Report on the bubonic plague in Bombay, 1896-1897
Year: 1896
Disease focus: Plague
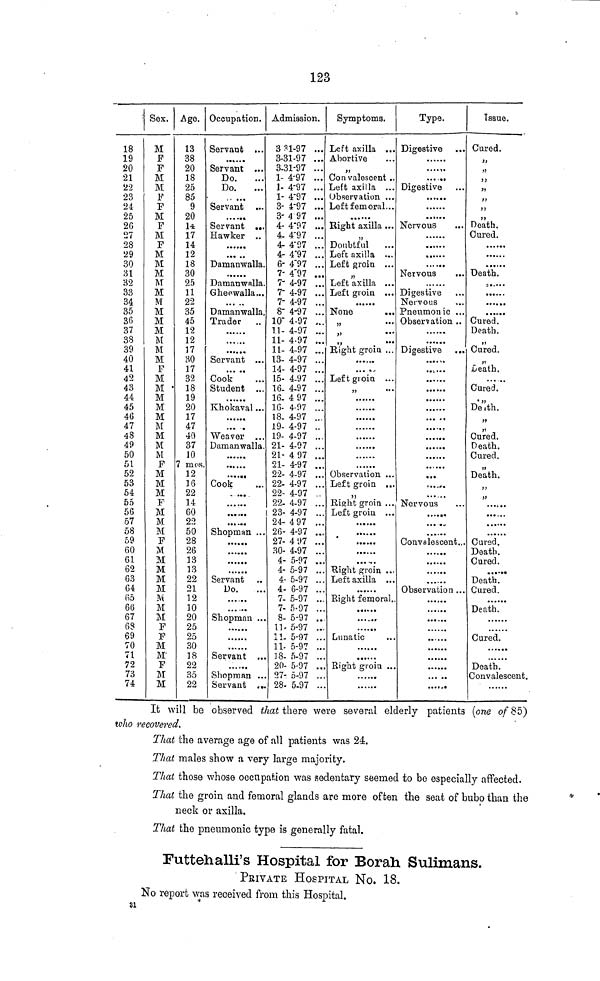
123
: Sex.
18
19
20
21
22
23
24
25
26
27
28
29
30
31
32
33
34
35
36
37
38
39
40
41
42
43
44
45
46
47
48
49
50
51
52
53
54
55
56
57
58
59
60
61
62
63
64
65
66
67
68
69
70
71
72
73
74
M
F
F
M
M
F
F
M
F
M
F
M
M
M
M
M
M
M
M
M
M
M
M
F
M
M •
M
M
M
M
M
M
M
F
M
M
M
F
M
M
M
F
M
M
M
M
M
M
M
M
F
F
M
M'
F
M
M
Age.
13
38
20
18
25
85
9
20
14
17
14
12
18
30
25
11
22
35
45
12
12
17
30
17
32
18
19
20
17
47
40
37
10
7 mos.
12
16
22
14
60
22
50
28
26
13
13
22
21
12
10
20
25
25
30
18
22
35
22
Occupation.
Servant ...
……
Servant ...
Do.
...
Do.
......
Servant ...
••••••
Servant ...
Hawker ..
••••••
Damanwalla.
Damanwalla.
Gheewalla...
Damanwalla.
Trader ..
••••••
• •• •••
••••••
Servant •••
••• ••
Cook
Student ...
Khokaval...
••••••
••••••
Weaver ...
Damanwalla.
••••••
......
••••••
Cook
••••••
••••••
••••••
Shopman ...
••••••
••••••
••••••
••••••
Servant ..
Do.
......
......
Shopman ...
......
......
...
Servant ...
Shopman ...
Servant ...
Admission.
3 31-97 ...
3-31-97 ...
3-31-97 ...
1- 4-97 ...
1- 4-97 ...
1- 4-97 ...
3- 4-97 ...
3-497 ...
4-4-97 ...
4-4-97 ...
4- 4-97 ...
4- 4-97 ...
6- 4"97 ...
7- 4"97 ...
7- 4-97 ...
7- 4-97 ...
7- 4-97 ...
8- 4-37 ...
10- 4-97 ...
11- 4-97 ...
11- 4•97 ...
11- 4-97 ...
13- 4-97 ...
14- 4-97 ...
15- 4-97 ...
16- 4-97 ...
16-4 97 ...
16- 4-97 ...
18- 4-97 ..
19- 4-97 ..
19- 4-97 ...
21- 4-97 ...
21- 4 97 ...
21- 4-97 ...
22- 4-97 ...
22- 4-97 ...
22- 4-97 .
22- 4-97 ...
23- 4-97 ...
24- 497 ...
26- 4-97 ...
27- 4 97 ...
30- 4-97 ...
4- 5-97 ...
4- 5-97 ...
4- 5-97 ...
4- 6-97 ...
7- 5-97 ...
7- 5-97 ...
8- 5-97 ..
11- 5-97 ...
11- 5-97 ...
11- 5-97 ...
18- 5-97 ...
20- 5-97 ...
27- 5-97 ...
28- 5-97 ...
Symptoms.
Left axilla ...
Abortive
''
Convalescent...
Left axilla ...
Observation ...
Left femoral...
Right axilla...
Doubtful
Left axilla ...
Left groin ...
Left axilla ...
Left groin ...
......
None
...
»
•••
''
••*
''
*••
Right groin ...
.....
...
».•
Left groin ...
»»
•••
...t..
......
......
......
••••••
Observation ...
Left groin ...
Bight groin ...
Left groin ...
......
......
......
.....
Right groin ...
Left axilla ...
......
Right femoral..
......
••••«>
Lunatic
Bight groin ...
Type.
Digestive ...
......
......
......
Digestive
••••••
••••••
Nervous
...
• • ••••
••••••
••••••
••••••
Nervous
...
«»•a.«
Digestive
Nervous
Pneumonic ...
Observation..
••••••
• •••••
Digestive ...
••••••
•••• ••
• •••••
••••••
••••••
••••••
••••••
•••
Nervous
••••••
••••••
Convalescent...
......
••••••
•«•••a
Observation...
••••••
• •• •••
••• •••
...
..
••••••
Issue.
Cured.
''
''
''
''
''
''
''
Death.
Cured.
••••••
……
……
Death.
……
……
……
……
Cured.
Death.
''
Cured.
Death.
Cured.
Death.
99
Cured.
Death.
Cured.
Death.
>»
......
……
……
Cured.
Death.
Cured.
Death.
Cured.
Death.
Cured.
Death.
Convalescent.
It will be observed that there were several elderly patients (one of 85)
who recovered.
That the average age of all patients was 24.
That males show a very large majority.
That those whose oocupation was sedentary seemed to be especially affected.
That the groin and femoral glands are more often the seat of bubo than the
neck or axilla.
That the pneumonic type is generally fatal.
Futtehalli's Hospital for Borah Sulimans.
PRIVATE HOSPITAL NO. 18.
No report was received from this Hospital.
81